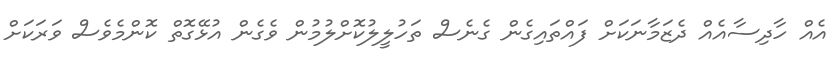
އެއް ހާދިސާއެއް ދެޒަމާނަކަށް ފައްތައިގެން ގެނެސް ތަހުލީލުކޮށްލުމުން ވެގެން އުޅޭގޮތް ކޮންމެވެސް ވަރަކަށް